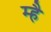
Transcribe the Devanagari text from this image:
म्है